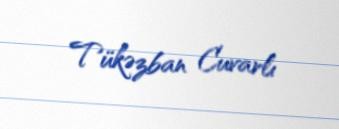
Tükəzban Cuvarlı